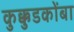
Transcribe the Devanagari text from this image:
कुक्कुडकोंबा